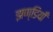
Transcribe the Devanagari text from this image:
झण्डियाँ